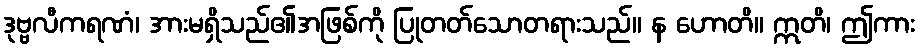
ဒုဗ္ဗလီကရဏံ၊ အားမရှိသည်၏အဖြစ်ကို ပြုတတ်သောတရားသည်။ န ဟောတိ။ ဣတိ၊ ဤကား